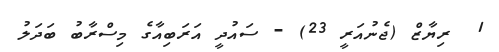
1  ރިޔާޒް (ޖެނުއަރީ 23) - ސައުދީ އަރަބިއާގެ މިސްރާބު ބަދަލު